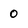
Character: 0